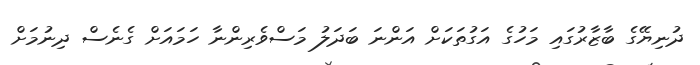
ދުނިޔޭގެ ބާޒާރުގައި މަހުގެ އަގުތަކަށް އަންނަ ބަދަލު މަސްވެރިންނާ ހަމައަށް ގެނެސް ދިނުމަށް